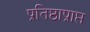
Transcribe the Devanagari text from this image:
प्रतिष्ठाप्राप्त